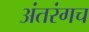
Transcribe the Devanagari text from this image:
अंतरंगच